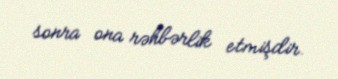
sonra ona rəhbərlik etmişdir.